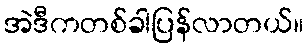
အဲဒီကတစ်ခါပြန်လာတယ်။